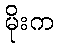
မိုးက